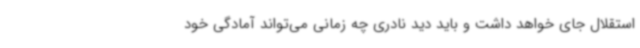
استقلال جای خواهد داشت و باید دید نادری چه زمانی می‌تواند آمادگی خود